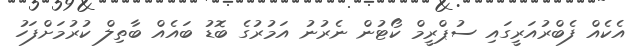
އެކެއް ފެބްރުއަރީގައި ސުޕްރީމް ކޯޓުން ނެރުނު އަމުރުގެ ބޮޑު ބައެއް ބާތިލް ކުރުމަށްފަހު